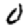
Digit: 0